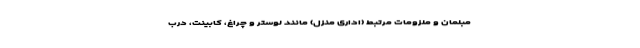
مبلمان و ملزومات مرتبط (اداری منزل) مانند لوستر و چراغ، کابینت، درب